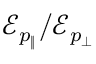
\mathcal { E } _ { p _ { \| } } / \mathcal { E } _ { p _ { \perp } }